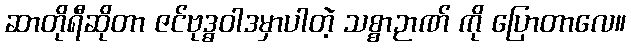
ဆာတိုရီဆိုတာ ဇင်ဗုဒ္ဓဝါဒမှာပါတဲ့ သစ္စာဉာဏ် ကို ပြောတာလေ။